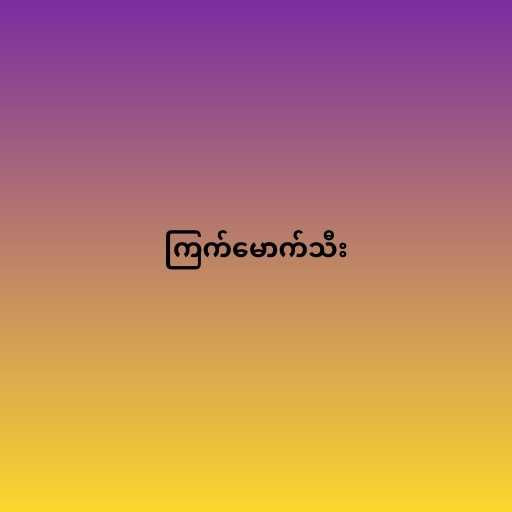
ကြက်မောက်သီး